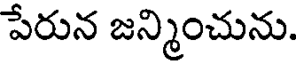
పేరున జన్మించును.